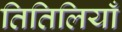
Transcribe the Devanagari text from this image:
तितिलियाँ